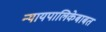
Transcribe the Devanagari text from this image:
न्यायपालिकेबाबत